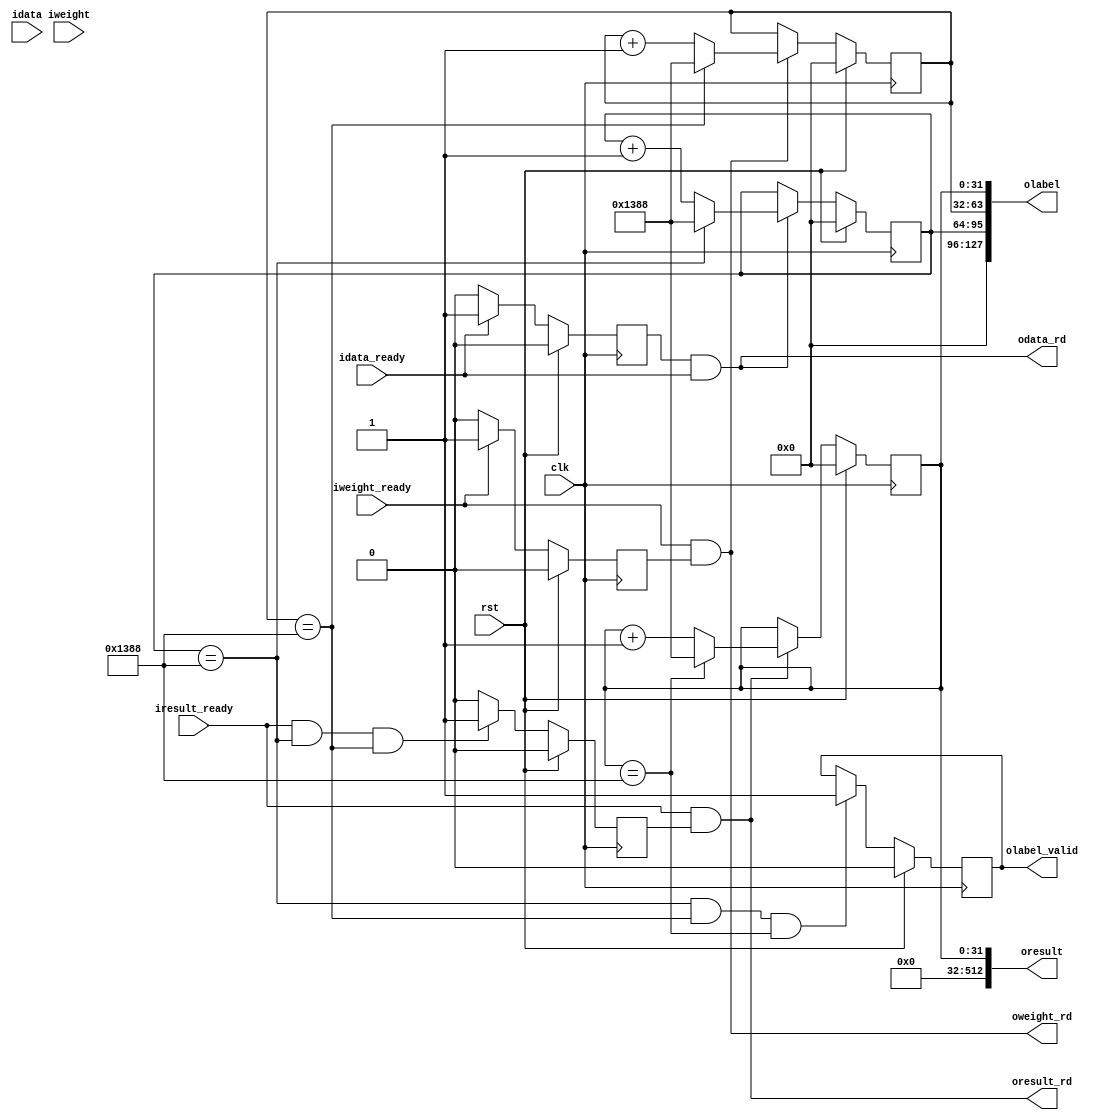
module read_test(
    input				clk,
	input				rst,
	
	input		[512:0]	idata,
	input				idata_ready,
	output				odata_rd,
	
	input				iweight_ready,
	output				oweight_rd,
	input		[256:0]	iweight,
	
	input				iresult_ready,
    output              oresult_rd,
    output      [512:0] oresult,
	
	output		[127:0] olabel,
	output				olabel_valid
);

    reg         data_rd_r;
    reg         weight_rd_r;
    reg         result_rd_r;
    reg     [31:0]  cnt0;
    reg     [31:0]  cnt1;
    reg     [31:0]  cnt2;
    reg             state;
    reg             state_dly;
    
    always @(posedge clk)
    begin
        if(rst) begin
            data_rd_r <= 1'b0;
            weight_rd_r <= 1'b0;
            result_rd_r <= 1'b0;
        end
        else
            begin
                if(idata_ready)
                    data_rd_r <= 1'b1;
                else
                    data_rd_r <= 1'b0;
                    
                if(iweight_ready)
                    weight_rd_r <= 1'b1;
                else
                    weight_rd_r <= 1'b0;
                    
                if(iresult_ready && (cnt0 == 16'd5000) && (cnt1 == 16'd5000))
                    result_rd_r <= 1'b1;
                else
                    result_rd_r <= 1'b0; 
                    
            end
    end
    assign  odata_rd = data_rd_r & (idata_ready);
    assign  oweight_rd = iweight_ready & (weight_rd_r);
    assign  oresult_rd = iresult_ready & (result_rd_r);
    
    always @(posedge clk)
    begin
        if(rst)
            state <= 1'b0;
        else if((cnt0 == 16'd5000) && (cnt1 == 16'd5000) && (cnt2 == 16'd5000))
            state <= 1'b1;
    end
    
    always @(posedge clk)
        state_dly <= state;
    
    always @(posedge clk)
    begin
        if(rst) begin
            cnt0 <= 32'h0;
            cnt1 <= 32'h0;
            cnt2 <= 32'h0;
        end
        else begin
            if(odata_rd)
                cnt0 <= (cnt0 == 16'd5000) ? 16'd5000: cnt0 + 1'b1;
            
            if(oweight_rd)
                cnt1 <= (cnt1 == 16'd5000) ? 16'd5000: cnt1 + 1'b1;
            
            if(oresult_rd)
                begin
                    cnt2 <= (cnt2 == 16'd5000) ? 16'd5000: cnt2 + 1'b1;
                end
           
        end
    end
    
    assign oresult = {0,cnt2};
	
    assign olabel_valid = state;
    assign olabel = {0,cnt0,cnt1,cnt2};
    
endmodule